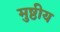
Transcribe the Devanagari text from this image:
मुष्ठीय